Report of the Hyderabad Chloroform Commission
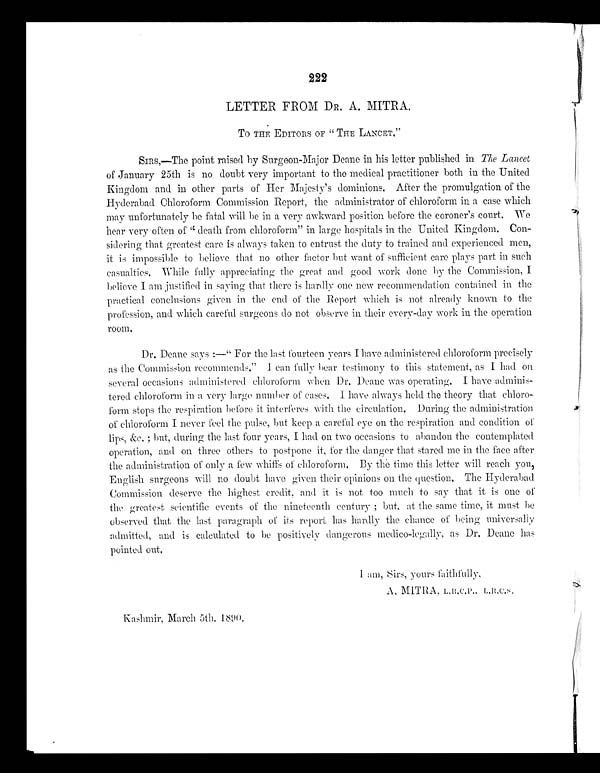
222
LETTER FROM D R. A. MITRA.
TO THE EDITORS OF " THE LANCET."
SIRS,—The point raised by Surgeon-Major Deane in his letter published in The Lancet
of January 25th is no doubt very important to the medical practitioner both in the United
Kingdom and in other parts of Her Majesty's dominions. After the promulgation of the
Hyderabad Chloroform Commission Report, the administrator of chloroform in a case which
may unfortunately be fatal will be in a very awkward position before the coroner's court. We
hear very often of "death from chloroform" in large hospitals in the United Kingdom. Con
-
sidering that greatest care is always taken to entrust the duty to trained and experienced men,
it is impossible to believe that no other factor but want of sufficient care plays part in such
casualties. While fully appreciating the great and good work done by the Commission, I
believe I am justified in saying that there is hardly one new recommendation contained in the
practical conclusions given in the end of the Report which is not already known to the
profession, and which careful surgeons do not observe in their every-day work in the operation
room.
Dr. Deane says :—" For the last fourteen years I have administered chloroform precisely
as the Commission recommends." I can fully bear testimony to this statement, as I had on
several occasions administered chloroform when Dr. Deane was operating. I have adminis
-
tered chloroform in a very large number of cases. I have always held the theory that chloro
-
form stops the respiration before it interferes with the circulation. During the administration
of chloroform I never feel the pulse, but keep a careful eye on the respiration and condition of
lips, &c. ; but, during the last four years, I had on two occasions to abandon the contemplated
operation, and on three others to postpone it, for the danger that stared me in the face after
the administration of only a few whiffs of chloroform. By the time this letter will reach you,
English surgeons will no doubt have given their opinions on the question. The Hyderabad
Commission deserve the highest credit, and it is not too much to say that it is one of
the greatest scientific events of the nineteenth century ; but, at the same time, it must be
observed that the last paragraph of its report has hardly the chance of being universally
admitted, and is calculated to be positively dangerous medico-legally, as Dr. Deane has
pointed out.
A. MITRA,
L.R.C
.P.. L.R.C S.
Kashmir, March 5th, 1890.